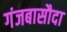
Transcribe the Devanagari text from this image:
गंजबासौदा